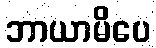
ဘာယာမိပေ